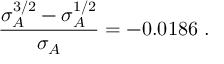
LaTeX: \frac { \sigma _ { A } ^ { 3 / 2 } - \sigma _ { A } ^ { 1 / 2 } } { \sigma _ { A } } = - 0 . 0 1 8 6 \ .